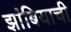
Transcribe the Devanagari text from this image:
झांबियाची